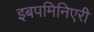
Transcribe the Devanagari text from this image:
इबपमिनिएरी